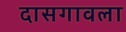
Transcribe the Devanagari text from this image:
दासगावला